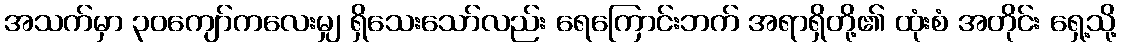
အသက်မှာ ၃၀ကျော်ကလေးမျှ ရှိသေးသော်လည်း ရေကြောင်းဘက် အရာရှိတို့၏ ထုံးစံ အတိုင်း ရှေ့သို့